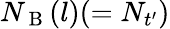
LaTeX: N_{\mathrm{~B~}}(l)(=N_{t^{\prime}})